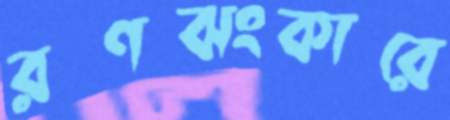
রণঝংকারে